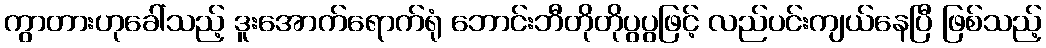
ကွာတားဟုခေါ်သည့် ဒူးအောက်ရောက်ရုံ ဘောင်းဘီတိုတိုပွပွဖြင့် လည်ပင်းကျယ်နေပြီ ဖြစ်သည့်